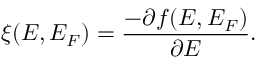
\xi ( E , E _ { F } ) = \frac { - \partial f ( E , E _ { F } ) } { \partial E } .